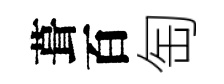
葺百匋